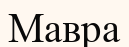
Мавра